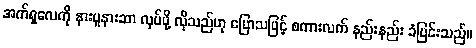
အက်ရှလေကို နားပူနားဆာ လုပ်ဖို့ လိုသည်ဟု ပြောသဖြင့် စကားလက် နည်းနည်း ခံပြင်းသည်။